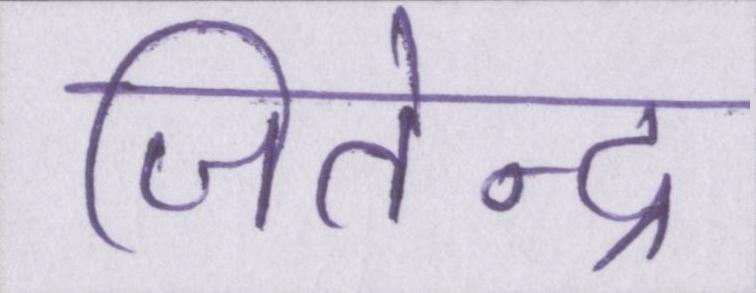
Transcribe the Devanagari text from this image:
जितेन्द्र